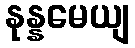
နုန္နမေယျ